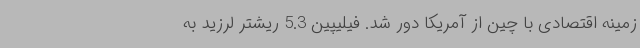
زمینه اقتصادی با چین از آمریکا دور شد. فیلیپین 5.3 ریشتر لرزید به